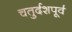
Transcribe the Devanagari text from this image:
चतुर्दशपूर्व